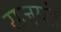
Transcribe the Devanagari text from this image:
राजयंत्र